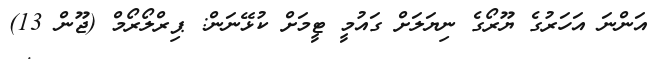
އަންނަ އަހަރުގެ ޔޫރޯގެ ނިޔަލަށް ގައުމީ ޓީމަށް ކުޅޭނަން: ޕިރްލޯރޯމް (ޖޫން 13)